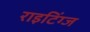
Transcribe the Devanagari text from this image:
राइटिंग्ज